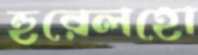
হুরেলহো